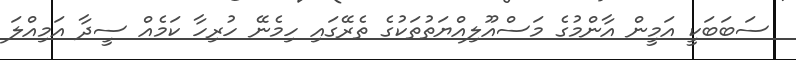
ސަބަބަކީ އަމީން އާންމުގެ މަސްއޫލިއްޔަތުތަކުގެ ތެރޭގައި ހިމެނޭ ހުރިހާ ކަމެއް ސީދާ އަމިއްލަ